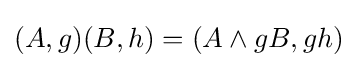
(A,g)(B,h)=(A\wedge gB,gh)